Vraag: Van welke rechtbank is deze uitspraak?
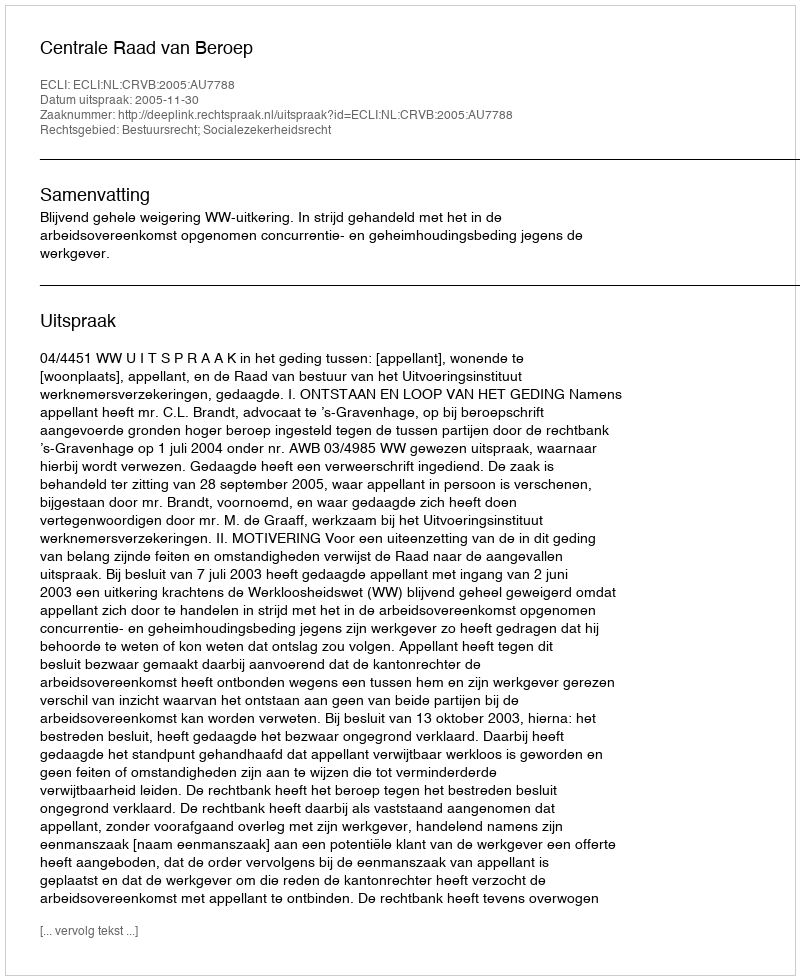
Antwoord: Centrale Raad van Beroep